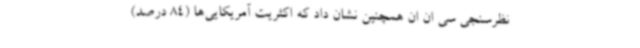
نظرسنجی سی ان ان همچنین نشان داد که اکثریت آمریکایی‌ها (84 درصد)